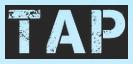
TAP